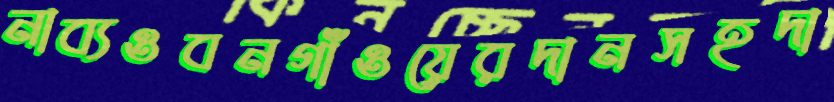
নাব্যওবনগাঁওয়েরদানসহদা